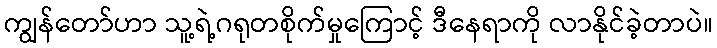
ကျွန်တော်ဟာ သူ့ရဲ့ဂရုတစိုက်မှုကြောင့် ဒီနေရာကို လာနိုင်ခဲ့တာပဲ။